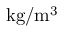
\mathrm { k g / m ^ { 3 } }